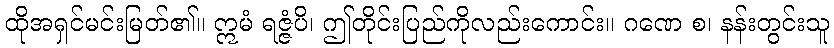
ထိုအရှင်မင်းမြတ်၏။ ဣမံ ရဇ္ဇံပိ၊ ဤတိုင်းပြည်ကိုလည်းကောင်း။ ဂဏေ စ၊ နန်းတွင်းသူ